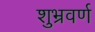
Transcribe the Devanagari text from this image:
शुभ्रवर्ण